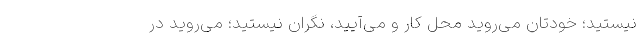
نیستید؛ خودتان می‌روید محل کار و می‌آیید، نگران نیستید؛ می‌روید در